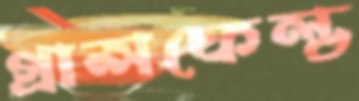
গ্রান্সফেল্ড